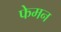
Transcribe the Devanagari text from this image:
फेमन